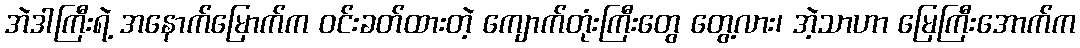
အဲဒါကြီးရဲ့ အနောက်မြောက်က ဝင်းခတ်ထားတဲ့ ကျောက်တုံးကြီးတွေ တွေ့လား၊ အဲ့သာဟာ မြေကြီးအောက်က